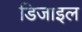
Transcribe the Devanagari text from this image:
डिजाइल